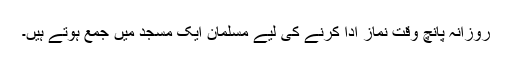
روزانہ پانچ وقت نماز ادا کرنے کی لیے مسلمان ایک مسجد میں جمع ہوتے ہیں۔